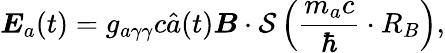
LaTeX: {\boldsymbol E}_{a}(t)=g_{a\gamma\gamma}c\hat{a}(t){\boldsymbol B}\cdot\mathcal S\left(\frac{m_{a}c}{\hbar}\cdot R_{B}\right),